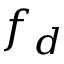
f _ { d }